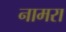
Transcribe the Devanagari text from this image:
नामरा